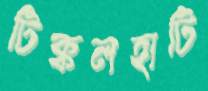
টিক্কলহাটি